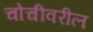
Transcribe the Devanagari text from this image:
चोचीवरील